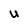
Character: U